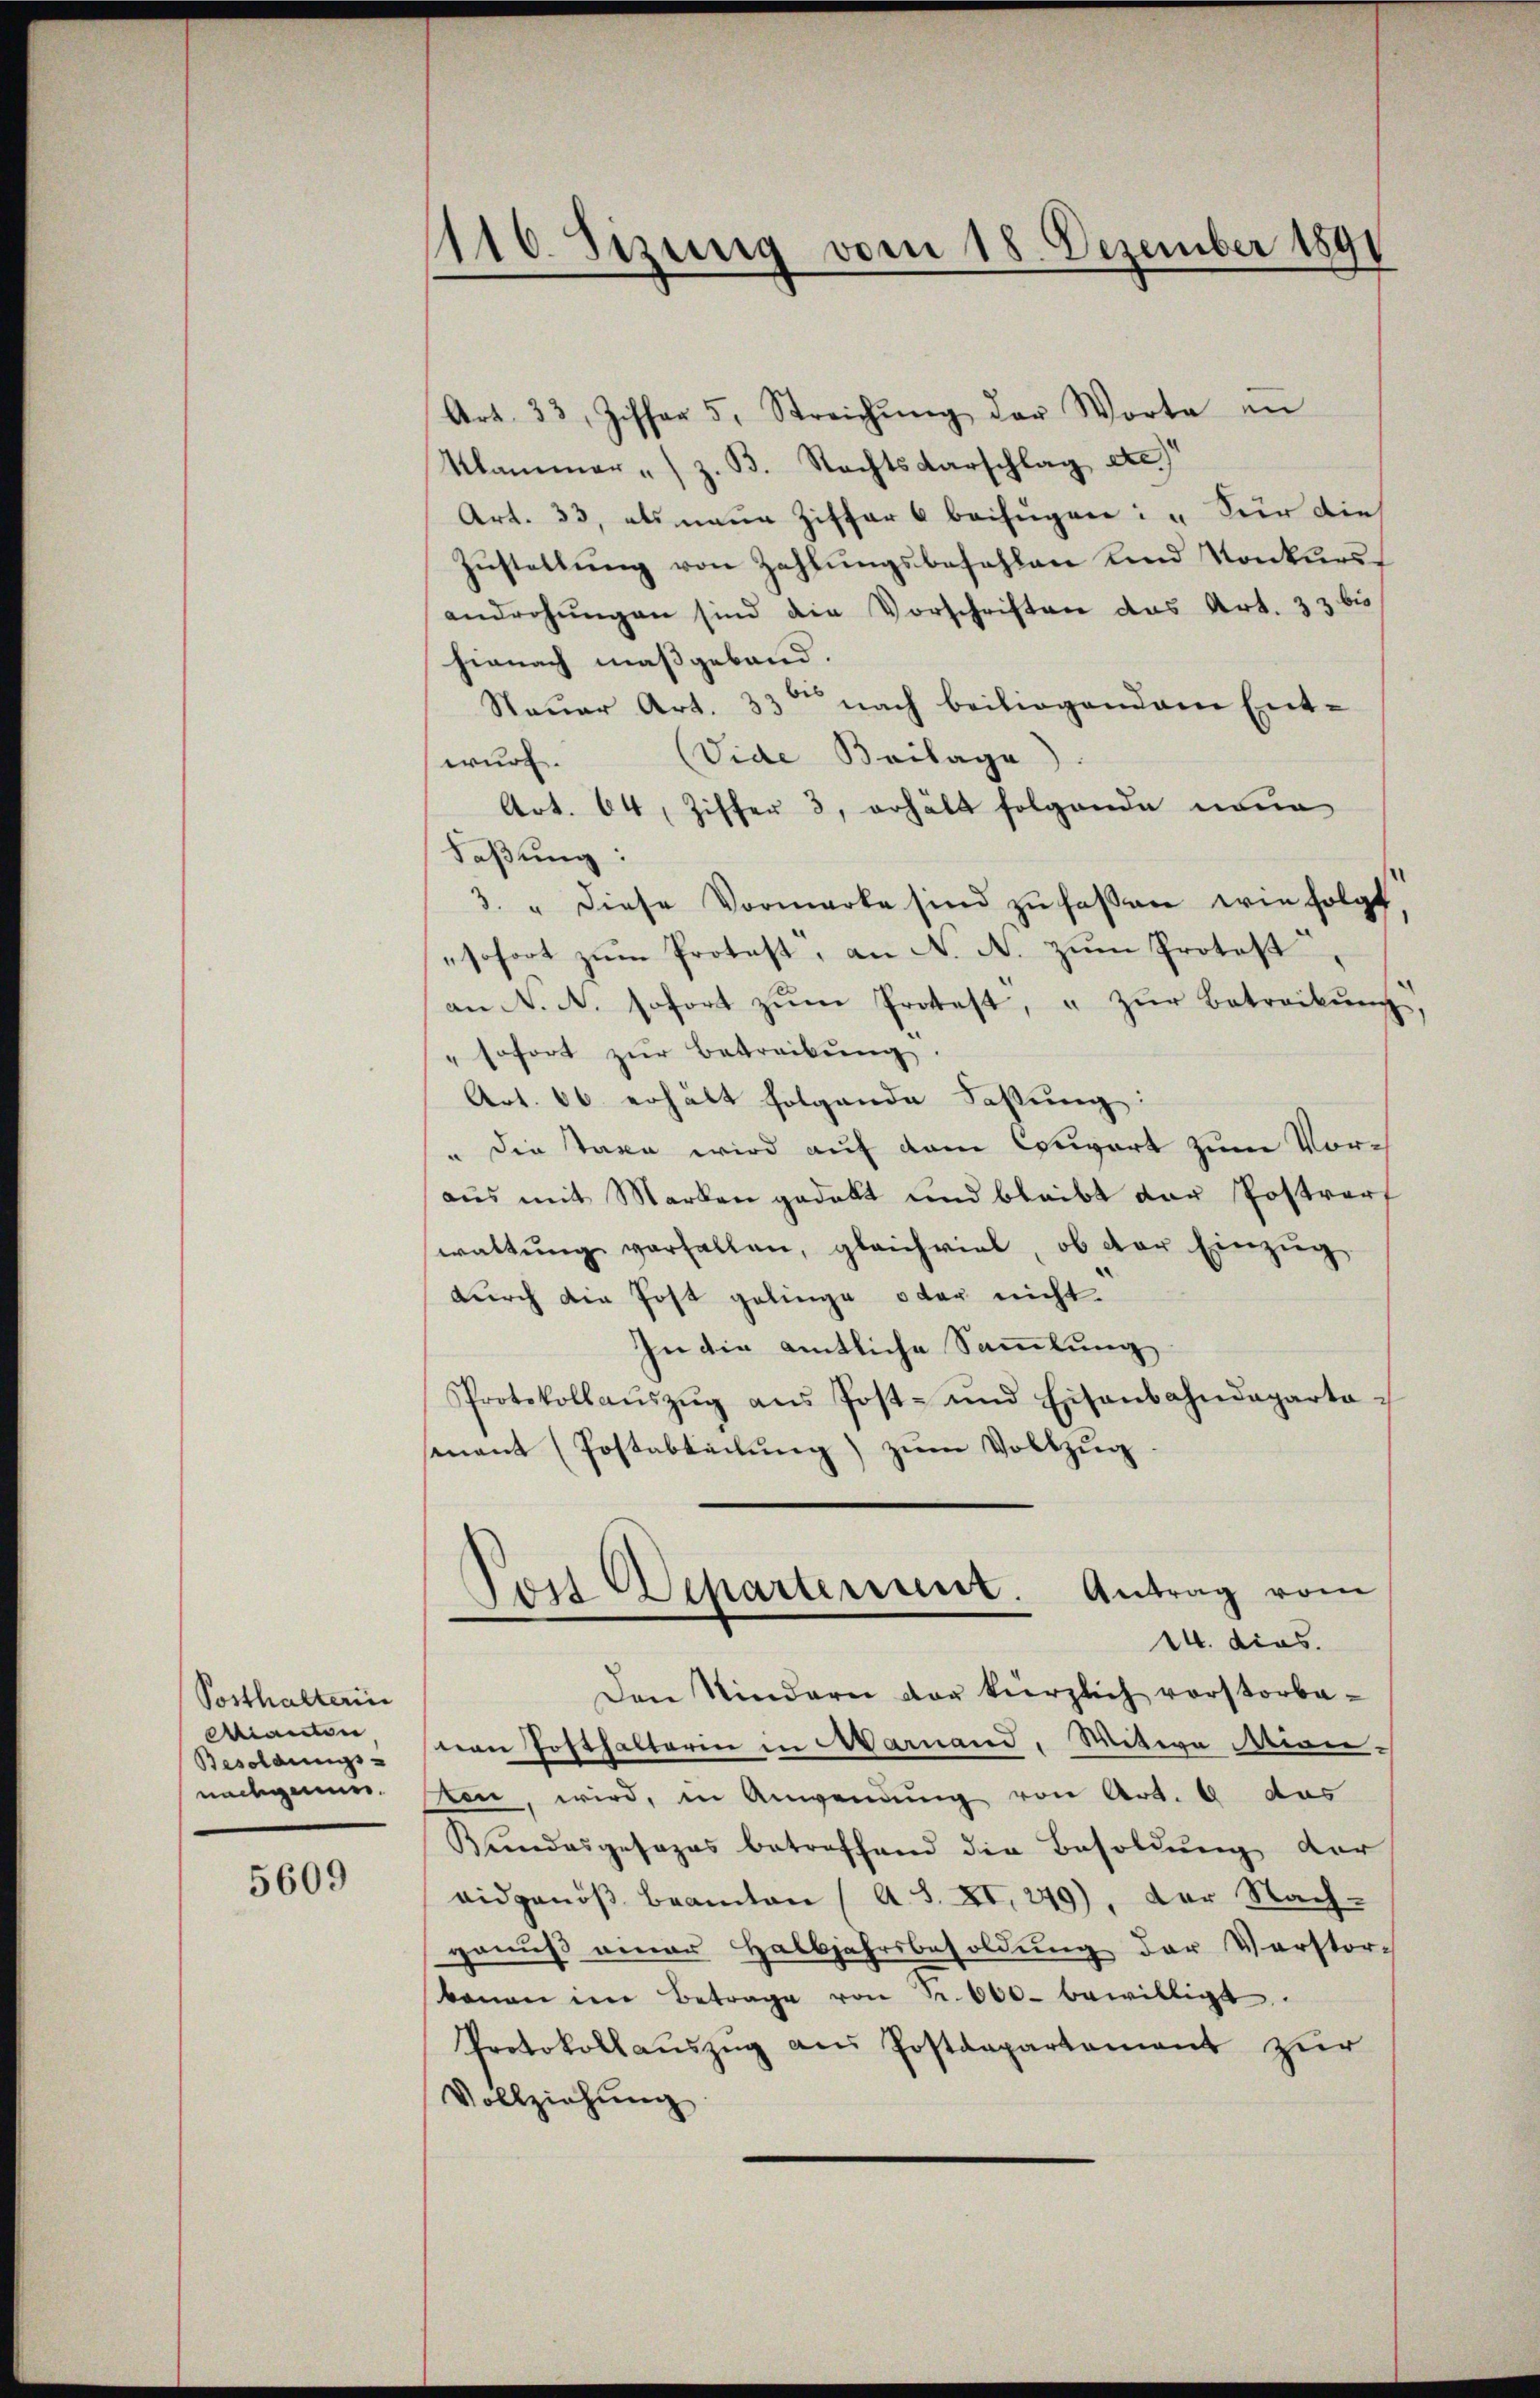
Posthalterin
dianten
Besoldungs-
nachgenue.

5609

1110. Sizung vom 18. Dezember 1891

Art. 33, Ziffer 5. Streichŭng der Worte in
Klammer z. B. Rechtsdarschlag etc.)
Art. 33, als neue Ziffer 6 beifügen: "Für die
Zustellung von Zahlungsbefehlen und Konkursandrohŭngen sind die Vorschriften das Art. 33 bis
hienach maßgeband.
Steuer Art. 33 nach beiliegendem Ent-
(Vide Beilage
wurf.
Art. 64, Ziffer 3, erhält folgende neue
Faßung:
3. " diese Vormerke sind zŭ faßen wie folgt.
sofort zum Protest, an N. N. zum Protest
an N. N. sofort zŭm Protest, u zŭr Betreibŭng,
" sofort zŭr Betreibŭng.
Art. 66 erhält folgende Fassung:
" die Tage wird auf dem Corport zum Voraus mit Marken gedekt und bleibt der Postverf
waltŭng verfallen, gleichviel ob der Einzŭg
durch die Post gelinge oder nicht.
In die amtliche Sammlung
Protokollaŭszŭg aŭs Post- und Eisenbahndeparta-
senant (Postabteilung) zum Vollzug
Post Departerunt. Antrag vom
14. dies.
Den Kindern der kürzlich vorstorbenen Posthalterin in Warnend, Witwe Mien-
ten, wird, in Anwendung von Art. 6 das
Kundesgesages betreffend die Besoldŭng der
eidgenöß beamten ( A. S. XI, 249), der Nachgenuß einer Halbjahrsbesoldung der Verstor-
anau im Betrage von Fr. 600 bewilligt.
Protokollaŭszŭg ans Postdepartement zur
Vollziehung